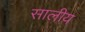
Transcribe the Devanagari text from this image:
सालीय